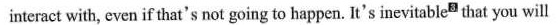
interact with, even if that's not going to happen. It's inevitable^{3} that you will